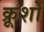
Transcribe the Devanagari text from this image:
क्रूशों